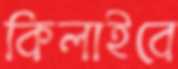
কিলাইবে